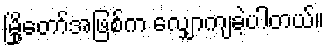
မြို့တော်အဖြစ်က လျှောကျခဲ့ပါတယ်။